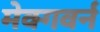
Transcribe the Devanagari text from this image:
मेक्गवर्न